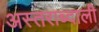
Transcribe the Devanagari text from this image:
अस्तराब्दाली